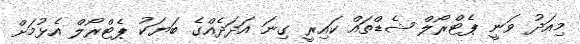
މިއަދު ވަނީ ޕެޓްރޯލް ޝެޑްތައް ކައިރީ ގިނަ އަދަދެއްގެ ބަޔަކު ޕެޓްރޯލް އެޅުމަށް